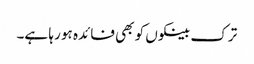
ترک بینکوں کو بھی فائدہ ہو رہا ہے۔